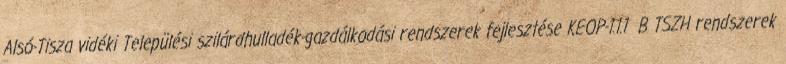
Alsó-Tisza vidéki Települési szilárdhulladék-gazdálkodási rendszerek fejlesztése KEOP-1.1.1 B TSZH rendszerek